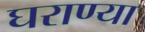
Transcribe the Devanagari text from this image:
घराण्या